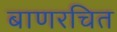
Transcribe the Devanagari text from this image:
बाणरचित